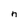
Character: n